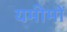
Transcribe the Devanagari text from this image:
यमीमों